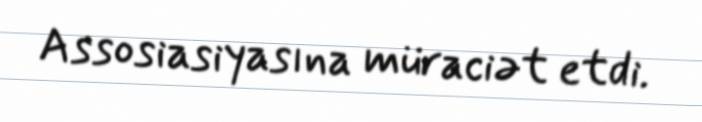
Assosiasiyasına müraciət etdi.